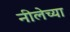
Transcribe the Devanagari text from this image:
नीलेच्या